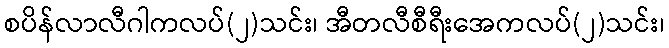
စပိန်လာလီဂါကလပ်(၂)သင်း၊ အီတလီစီရီးအေကလပ်(၂)သင်း၊